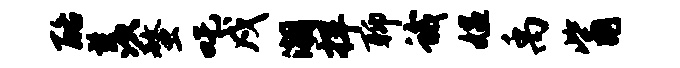
酪羡螯吒戍潮捍聊蛾媪禹觜